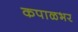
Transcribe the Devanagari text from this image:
कपाळभर